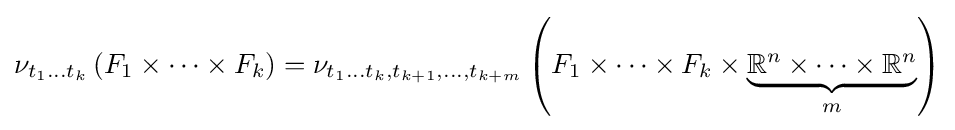
\nu _{t_{1}\dots t_{k}}\left(F_{1}\times \dots \times F_{k}\right)=\nu _{t_{1}\dots t_{k},t_{k+1},\dots ,t_{k+m}}\left(F_{1}\times \dots \times F_{k}\times \underbrace {\mathbb {R} ^{n}\times \dots \times \mathbb {R} ^{n}} _{m}\right)